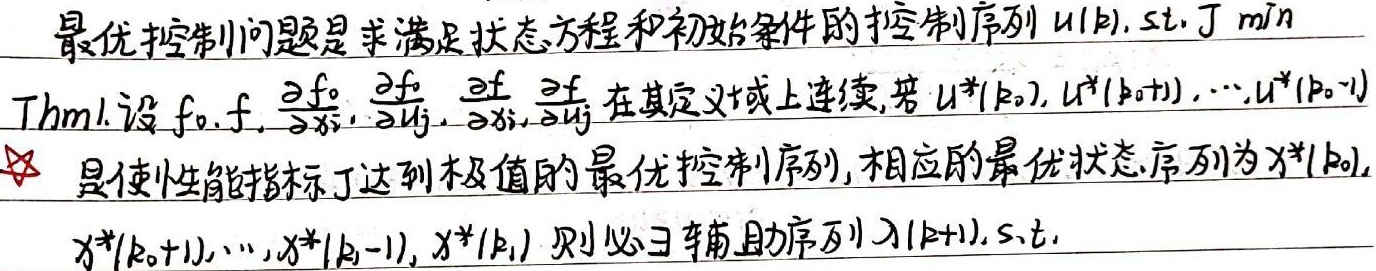
最优控制问题是求满足状态方程和初始条件的控制序列 \(u(k)\), s.t. \(J\) min
Thm1. 设 \(f_0,f,\frac{\partial f_0}{\partial x_i},\frac{\partial f_0}{\partial u_j},\frac{\partial f}{\partial x_i},\frac{\partial f}{\partial u_j}\) 在其定义域上连续, 若 \(u^*(k_0),u^*(k_0 + 1),\cdots,u^*(k_0 - 1)\)
★ 是使性能指标 \(J\) 达到极值的最优控制序列, 相应的最优状态序列为 \(x^*(k_0),\)
\(x^*(k_0 + 1),\cdots,x^*(k_1 - 1),x^*(k_1)\) 则必 \(\exists\) 辅助序列 \(\lambda(k + 1)\), s.t.